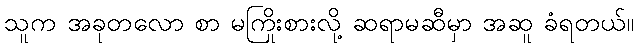
သူက အခုတလော စာ မကြိုးစားလို့ ဆရာမဆီမှာ အဆူ ခံရတယ်။